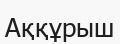
Аққұрыш